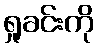
ရှုခင်းကို